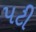
પટી